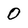
Character: 0